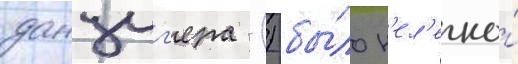
данциг'ера () бы́ло н'ел'егко́